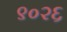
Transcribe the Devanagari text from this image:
९०२६